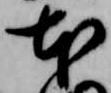
本